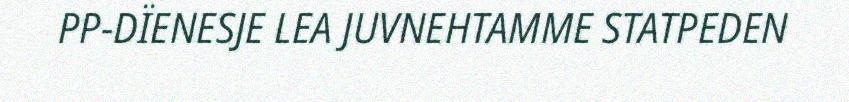
PP-DÏENESJE LEA JUVNEHTAMME STATPEDEN